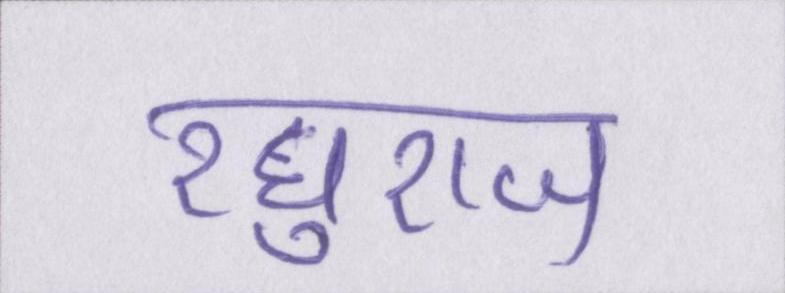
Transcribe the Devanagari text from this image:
रघुराज